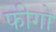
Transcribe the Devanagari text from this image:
फीगो